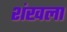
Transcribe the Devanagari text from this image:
शंखला